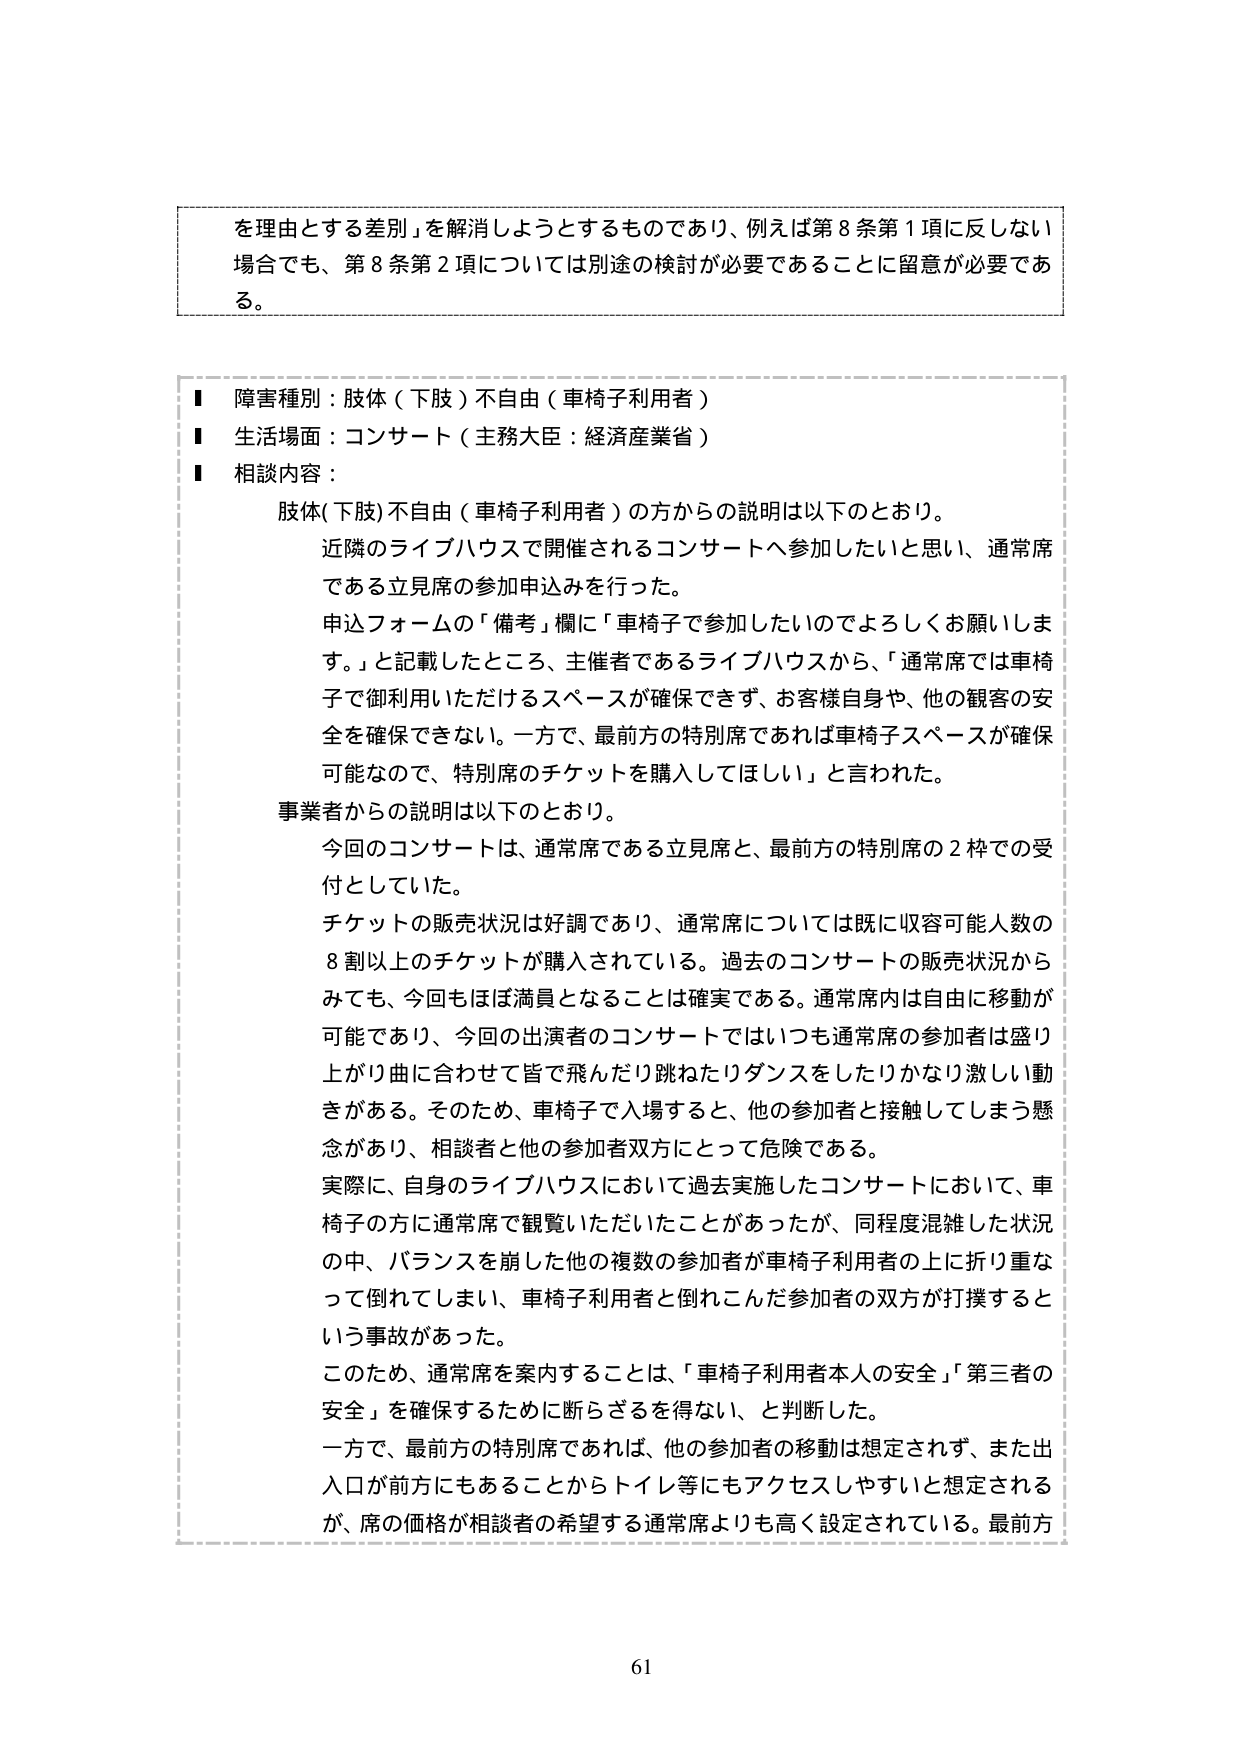
を理由とする差別」を解消しようとするものであり、例えば第8条第1項に反しない場合でも、第8条第2項については別途の検討が必要であることに留意が必要である。

■ 障害種別：肢体（下肢）不自由（車椅子利用者）
■ 生活場面：コンサート（主務大臣：経済産業省）
■ 相談内容：

　肢体(下肢)不自由（車椅子利用者）の方からの説明は以下のとおり。
　　近隣のライブハウスで開催されるコンサートへ参加したいと思い、通常席である立見席の参加申込みを行った。
　　申込フォームの「備考」欄に「車椅子で参加したいのでよろしくお願いします。」と記載したところ、主催者であるライブハウスから、「通常席では車椅子で御利用いただけるスペースが確保できず、お客様自身や、他の観客の安全を確保できない。一方で、最前方の特別席であれば車椅子スペースが確保可能なので、特別席のチケットを購入してほしい」と言われた。

　事業者からの説明は以下のとおり。
　　今回のコンサートは、通常席である立見席と、最前方の特別席の2枠での受付としていた。
　　チケットの販売状況は好調であり、通常席については既に収容可能人数の8割以上のチケットが購入されている。過去のコンサートの販売状況からみても、今回もほぼ満員となることは確実である。通常席内は自由に移動が可能であり、今回の出演者のコンサートではいつも通常席の参加者は盛り上がり曲に合わせて皆で飛んだり跳ねたりダンスをしたりかなり激しい動きがある。そのため、車椅子で入場すると、他の参加者と接触してしまう懸念があり、相談者と他の参加者双方にとって危険である。
　　実際に、自身のライブハウスにおいて過去実施したコンサートにおいて、車椅子の方に通常席で観覧いただいたことがあったが、同程度混雑した状況の中、バランスを崩した他の複数の参加者が車椅子利用者の上に折り重なって倒れてしまい、車椅子利用者と倒れこんだ参加者の双方が打撲するという事故があった。
　　このため、通常席を案内することは、「車椅子利用者本人の安全」「第三者の安全」を確保するために断らざるを得ない、と判断した。
　　一方で、最前方の特別席であれば、他の参加者の移動は想定されず、また出入口が前方にもあることからトイレ等にもアクセスしやすいと想定されるが、席の価格が相談者の希望する通常席よりも高く設定されている。最前方

61